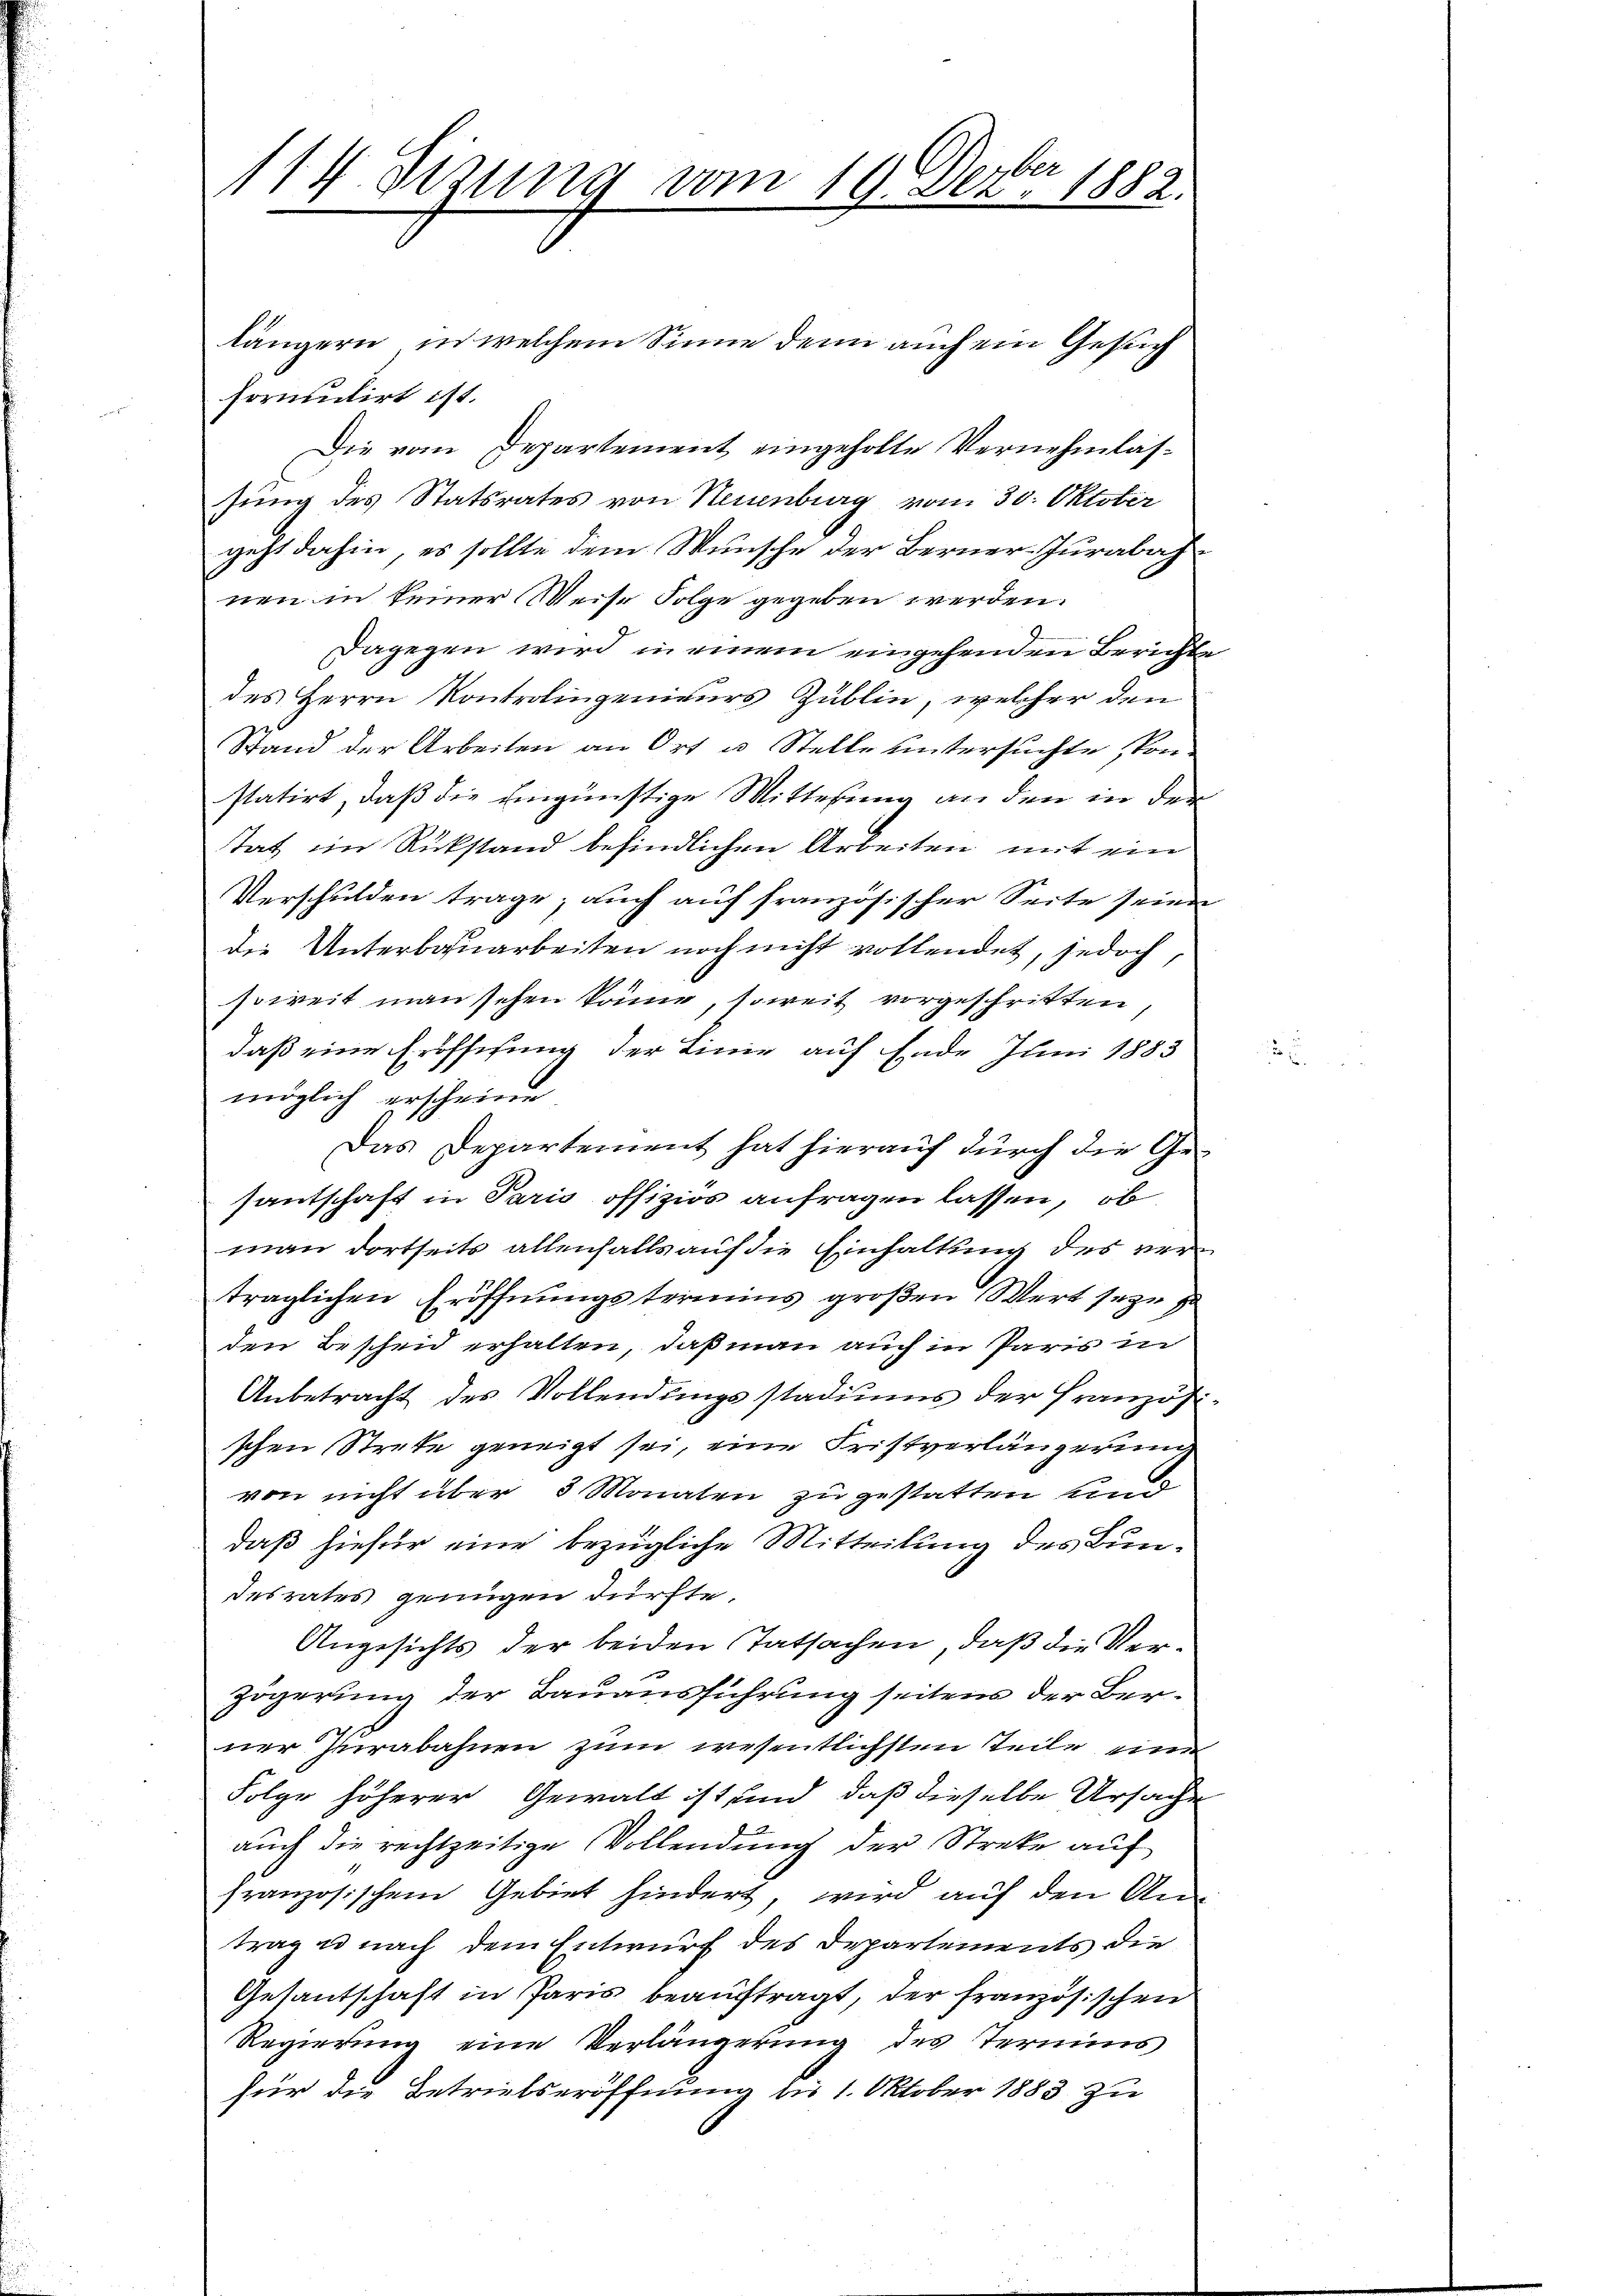
14 Sizung vom 19. Devber 1882.

längern, in welchem Sinne denn auch ein Gesuch
formulirt ist.
Die vom Departement eingeholte Vernehmlasfung des Statsrates von Neuenburg vom 30. Oktober
geht dahin, es sollte dem Wunsche der Berner-Jurabahnen in keiner Weise Folge gegeben werden.
Dagegen wird in einem eingehenden Berichte
des Herrn Kontrolingenieurs Zublin, welcher den
Stand der Arbeiten an Ort u. Stelle untersuchte sonstatirt, daß die ungünstige Mittelung an den in der
tat im Rückstand befindlichen Arbeiten mit ein
Verschulden trage, auch auf französischer Seite seine
die Unterbauarbeiten noch nicht vollendet, jedoch,
soweit man sehen könne, soweit vorgeschritten
daß eine Eröfsesung der Linie auf Ende Juni 1883
möglich erscheine
Das Departement hat hierauf durch die Gesantschaft in Paris offizios anfragen lassen, ob
man dortseits allenfalls auf die Einhaltung des verträglichen Eröffnungstermins großen Wert seyn
den Bescheid erhalten, daß man auch in Paris in
Anbetracht des Vollendungsstadiums der Französi
schen Strete geneigt sei, eine Fristverlängerung
von nicht über 3 Monaten zu gestatten und
daß hiefür eine bezügliche Mitteilung des Bundesrates genügen dürfte.
Angesichts der beiden Tatsachen, daß die Verzögerung der Bauausführung seitens der Berner Zurabahnen zum wesentlichsten steile eine
Folge höherer Gewalt ist und daß dieselbe Ursache
auch die rechtzeitige Vollendung der Streke auf
französischem Gebiet hindert, wird auf den An-
trag u nach dem Entwurf des Departements die
Gesantschaft in Paris beauftragt, der französischen
Regierung eine Verlängerung des Termins
für die Betriebseröffnung bis 1. Oktober 1883 zu